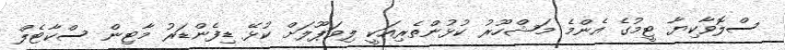
ސްލޮވާކިޔާ ޓީމުގެ އެންމެ މަޝްހޫރު ކުޅުންތެރިއަކީ ލިވަޕޫލަށް ކުޅޭ ޑިފެންޑަރު މާޓިން ސްކާޓެލް